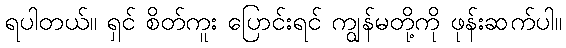
ရပါတယ်။ ရှင် စိတ်ကူး ပြောင်းရင် ကျွန်မတို့ကို ဖုန်းဆက်ပါ။